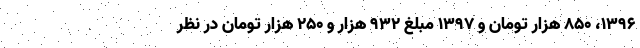
۱۳۹۶، ۸۵۰ هزار تومان و ۱۳۹۷ مبلغ ۹۳۲ هزار و ۲۵۰ هزار تومان در نظر